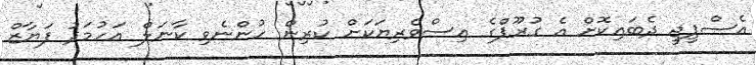
އެސްޕީޖީ ދެބައިކޮށް އެ ގުރޫޕްގެ އިސްވެރިޔަކަށް ކުރިން ހުންނެވި ކާނަލް އަހުމަދު ފަޔާޒް